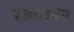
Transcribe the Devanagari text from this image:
बेअवेर्स्दम